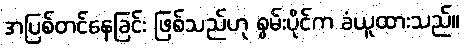
အပြစ်တင်နေခြင်း ဖြစ်သည်ဟု စွမ်းပိုင်က ခံယူထားသည်။